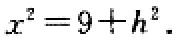
\(x^{2}=9 + h^{2}\)